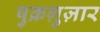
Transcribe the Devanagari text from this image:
षुक्रग़ुज़ार